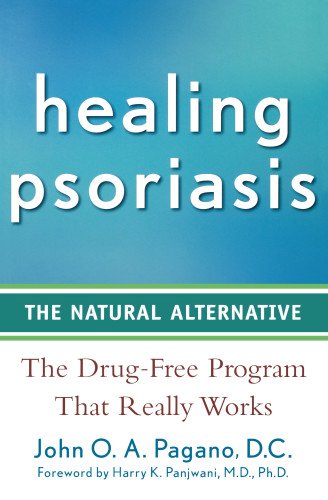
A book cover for Healing Psoriasis: The Natural Alternative; John  O. A. Pagano; Health, Fitness & Dieting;